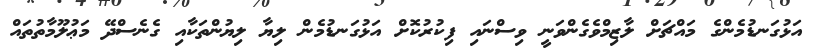
އަޅުގަނޑުމެންގެ މައްޗަށް ލާޒިމްވެގެންވަނީ ވިސްނައި ފިކުރުކޮށް އަޅުގަނޑުމެން ލިޔާ ލިޔުންތަކާއި ގެނެސްދޭ މަޢުލޫމާތުތައް